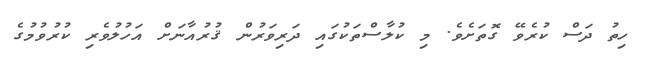
ހިތު ދަސް ކުރެވޭ ގޮތަށެވެ. މި ކުލާސްތަކުގައި ދަރިވަރުން ޤުރުއާނަށް އަހުލުވެރި ކުރުވުމުގެ